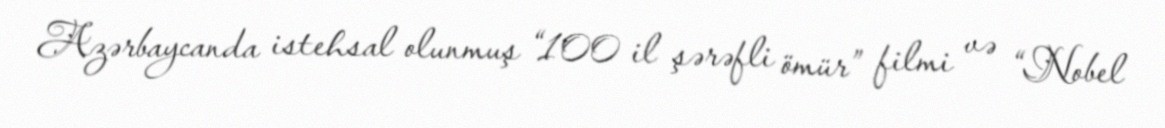
Azərbaycanda istehsal olunmuş “100 il şərəfli ömür” filmi və “Nobel